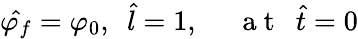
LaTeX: \hat{\varphi_{f}}=\varphi_{0},~~\hat{l}=1,~~~~~\mathrm{~a~t~}~~\hat{t}=0